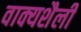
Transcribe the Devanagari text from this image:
वाक्यशैली